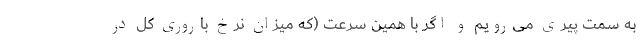
به سمت پیری می‌رویم و اگر با همین سرعت (که میزان نرخ باروری کل در